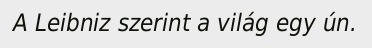
A Leibniz szerint a világ egy ún.